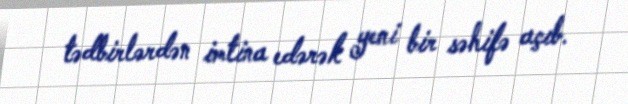
tədbirlərdən imtina edərək yeni bir səhifə açıb.